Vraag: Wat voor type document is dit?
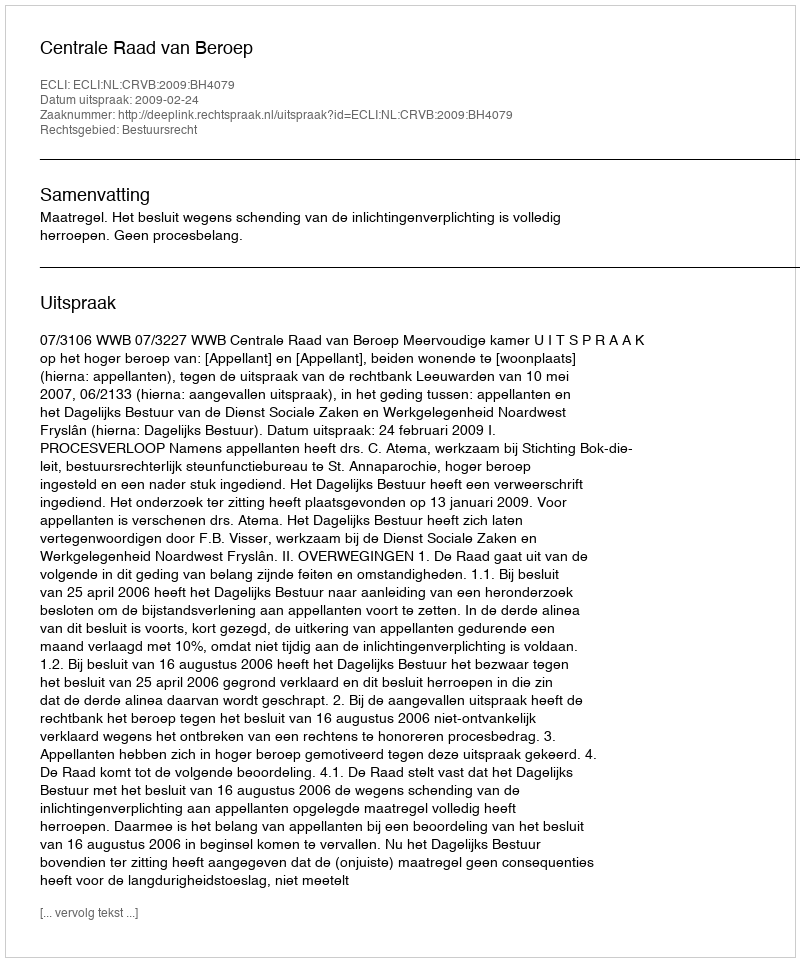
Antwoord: Uitspraak